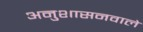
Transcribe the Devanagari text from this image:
अनुशासनवाले